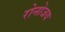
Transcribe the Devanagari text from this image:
रोनोजय